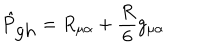
\hat { P } _ { \mathrm { g h } } = R _ { \mu \alpha } + \frac { R } { 6 } g _ { \mu \alpha }